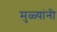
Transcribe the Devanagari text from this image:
मुळ्यांनी